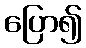
ပြော၍